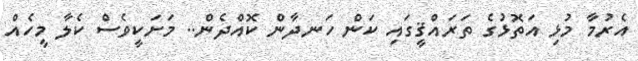
އެރުމާ މުޅި އަތޮޅުގެ ތަރައްޤީގައި ކަން ހަނދާން ކޮއްދެން.. މަށަކީވެސް ކެލާ މީހެއް